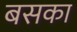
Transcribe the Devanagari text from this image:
बसका